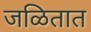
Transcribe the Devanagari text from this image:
जळितात